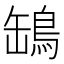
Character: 𦉓